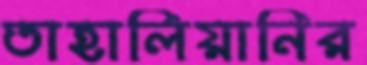
তাহালিয়ানির